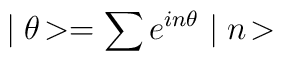
\mid \theta \! >= \sum e^{i n \theta} \mid n \!>